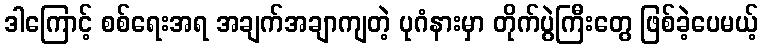
ဒါကြောင့် စစ်ရေးအရ အချက်အချာကျတဲ့ ပုဂံနားမှာ တိုက်ပွဲကြီးတွေ ဖြစ်ခဲ့ပေမယ့်